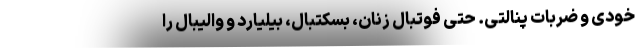
خودی و ضربات پنالتی. حتی فوتبال زنان، بسکتبال، بیلیارد و والیبال را